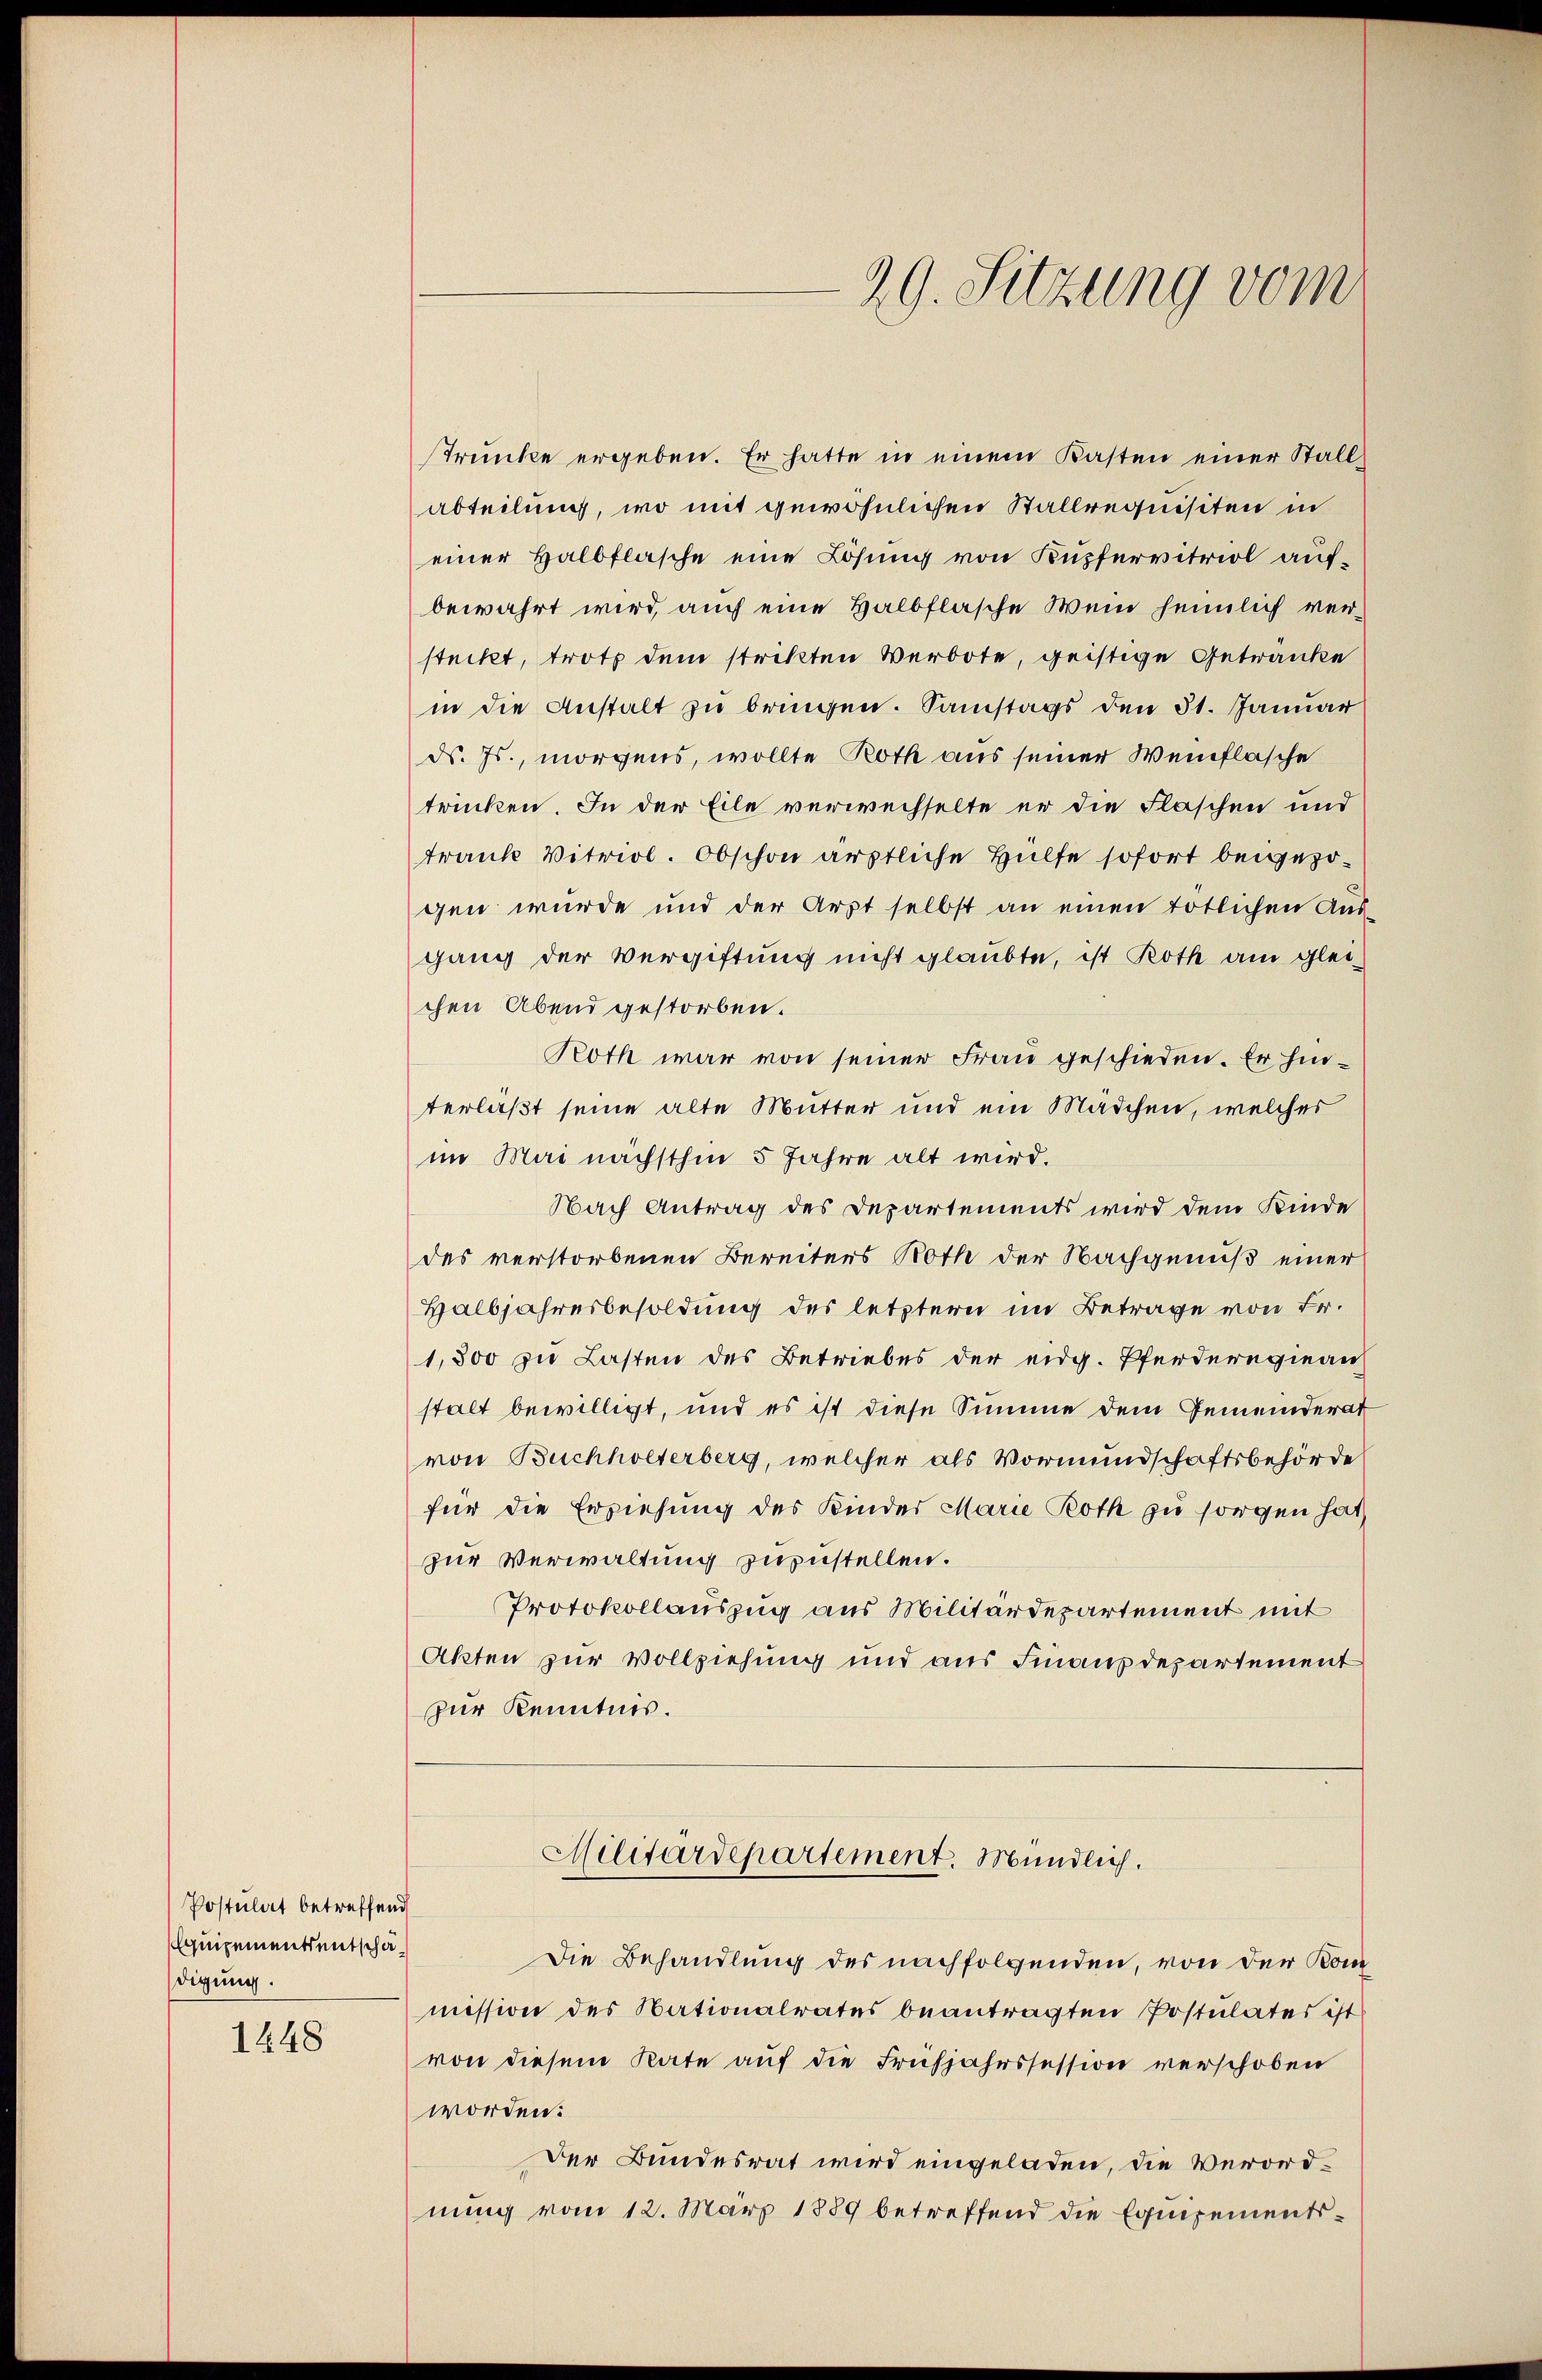
Postulat betreffend
Equipements entschädigung.

1648

29. Sitzung vom

Trünke ergeben. Er hatte in einem Kasten einer Stallabteilung, wo mit gewöhnlichen Stallrequisiten in
einer Halbflasche eine Lösung von Kupfervitriol aufbewahrt wird, auch eine Halbflasche Wein heimlich versteckt, trotz dem strikten Verbote, geistige Getränke
in die Anstalt zu bringen. Samstags den 31. Januar
ds. Js., morgens, wollte Roth aus seiner Weinflasche
trinken. In der Eile verwechselte er die Flaschen und
tranke Vitriol. Obschon ärztliche Hülfe sofort beigezogen wurde und der Arzt selbst an einen tötlichen Aus-
gang der Vergiftung nicht glaubte, ist Roth am gleichen Abend gestorben.
Roth war von seiner Frau geschieden. Er hinterläßt seine alte Mutter und ein Mädchen, welches
im Mai nächsthin 5 Jahre alt wird.
Nach Antrag des Departements wird dem Kinde
des verstorbenen Bereiters Roth der Nachgenuß einer
Halbjahresbesoldung des letztern im Betrage von Fr.
1,800 zu Lasten des Betriebes der eidg. Pferderegiean
stalt bewilligt, und es ist diese Summe dem Gemeinderat
von Buchholterberg, welcher als Vormundschaftsbehörde
für die Erziehung des Kinder Marie Roth zu sorgen hat,
zur Verwaltung zuzustellen.
Protokollauszug aus Militärdepartement mit
Akten zur Vollziehung und aus Finanzdepartement
zur Kenntnis.
Militärdepartement. Mündlich.
Die Behandlung des nachfolgenden, von der Kommission des Nationalrates beantragten Postulates ist
von diesem Rate auf die Frühjahrssession verschoben
worden:
Der Bundesrat wird eingeladen, die Verordnung vom 12. März 1889 betreffend die Equipements¬